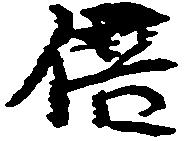
倍